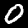
Label: 0